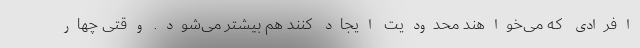
افرادی که می‌خواهند محدودیت ایجاد کنند هم بیشتر می‌شود. وقتی چهار